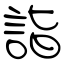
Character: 詣